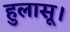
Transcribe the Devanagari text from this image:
हुलासू।